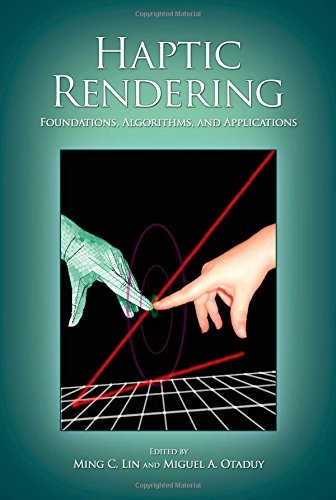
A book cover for Haptic Rendering: Foundations, Algorithms and Applications; Computers & Technology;